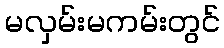
မလှမ်းမကမ်းတွင်